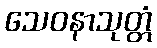
သေဝနာသုတ္တံ